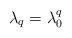
LaTeX: \begin{align*}\lambda_q = \lambda_0^q \end{align*}